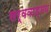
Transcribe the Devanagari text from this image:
सर्ववाड्मय